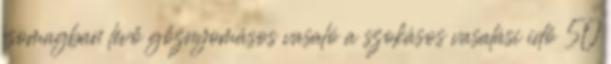
csomagban lévő gőznyomásos vasaló a szokásos vasalási idő 50